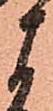
よ